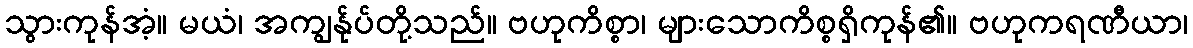
သွားကုန်အံ့။ မယံ၊ အကျွန်ုပ်တို့သည်။ ဗဟုကိစ္စာ၊ များသောကိစ္စရှိကုန်၏။ ဗဟုကရဏီယာ၊